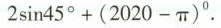
2\sin 45°+(2020-\pi)^{0}。